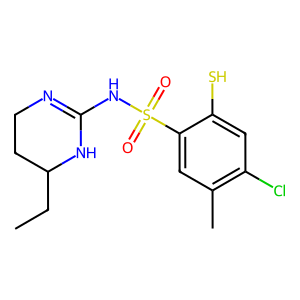
SMILES: CCC1CCN=C(NS(=O)(=O)c2cc(C)c(Cl)cc2S)N1
Inhibits HIV replication: No